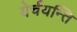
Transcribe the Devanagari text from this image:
येर्चयन्ति